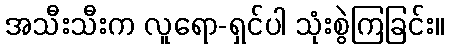
အသီးသီးက လူရော-ရှင်ပါ သုံးစွဲကြခြင်း။